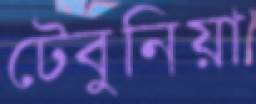
টেবুনিয়া